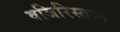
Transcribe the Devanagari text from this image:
वजिरिस्तान